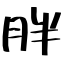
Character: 胖